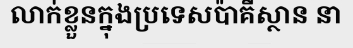
លាក់ខ្លួនក្នុងប្រទេសប៉ាគីស្ថាន នា